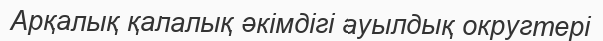
Арқалық қалалық әкімдігі ауылдық округтері